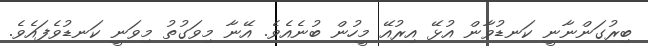
ބިރުގަންނާނީ ކަނޑުވާން އުޅޭ އިރުއޭ މީހުން ބުނެއެވެ. އޭނާ މިވަގުތު މިވަނީ ކަނޑުވެފައެވެ.